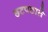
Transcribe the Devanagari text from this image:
छटपठाते